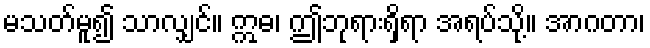
မသတ်မူ၍ သာလျှင်။ ဣဓ၊ ဤဘုရားရှိရာ အရပ်သို့။ အာဂတာ၊